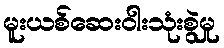
မူးယစ်ဆေးဝါးသုံးစွဲမှု